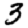
Digit: 3